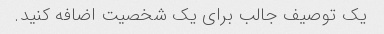
یک توصیف جالب برای یک شخصیت اضافه کنید.